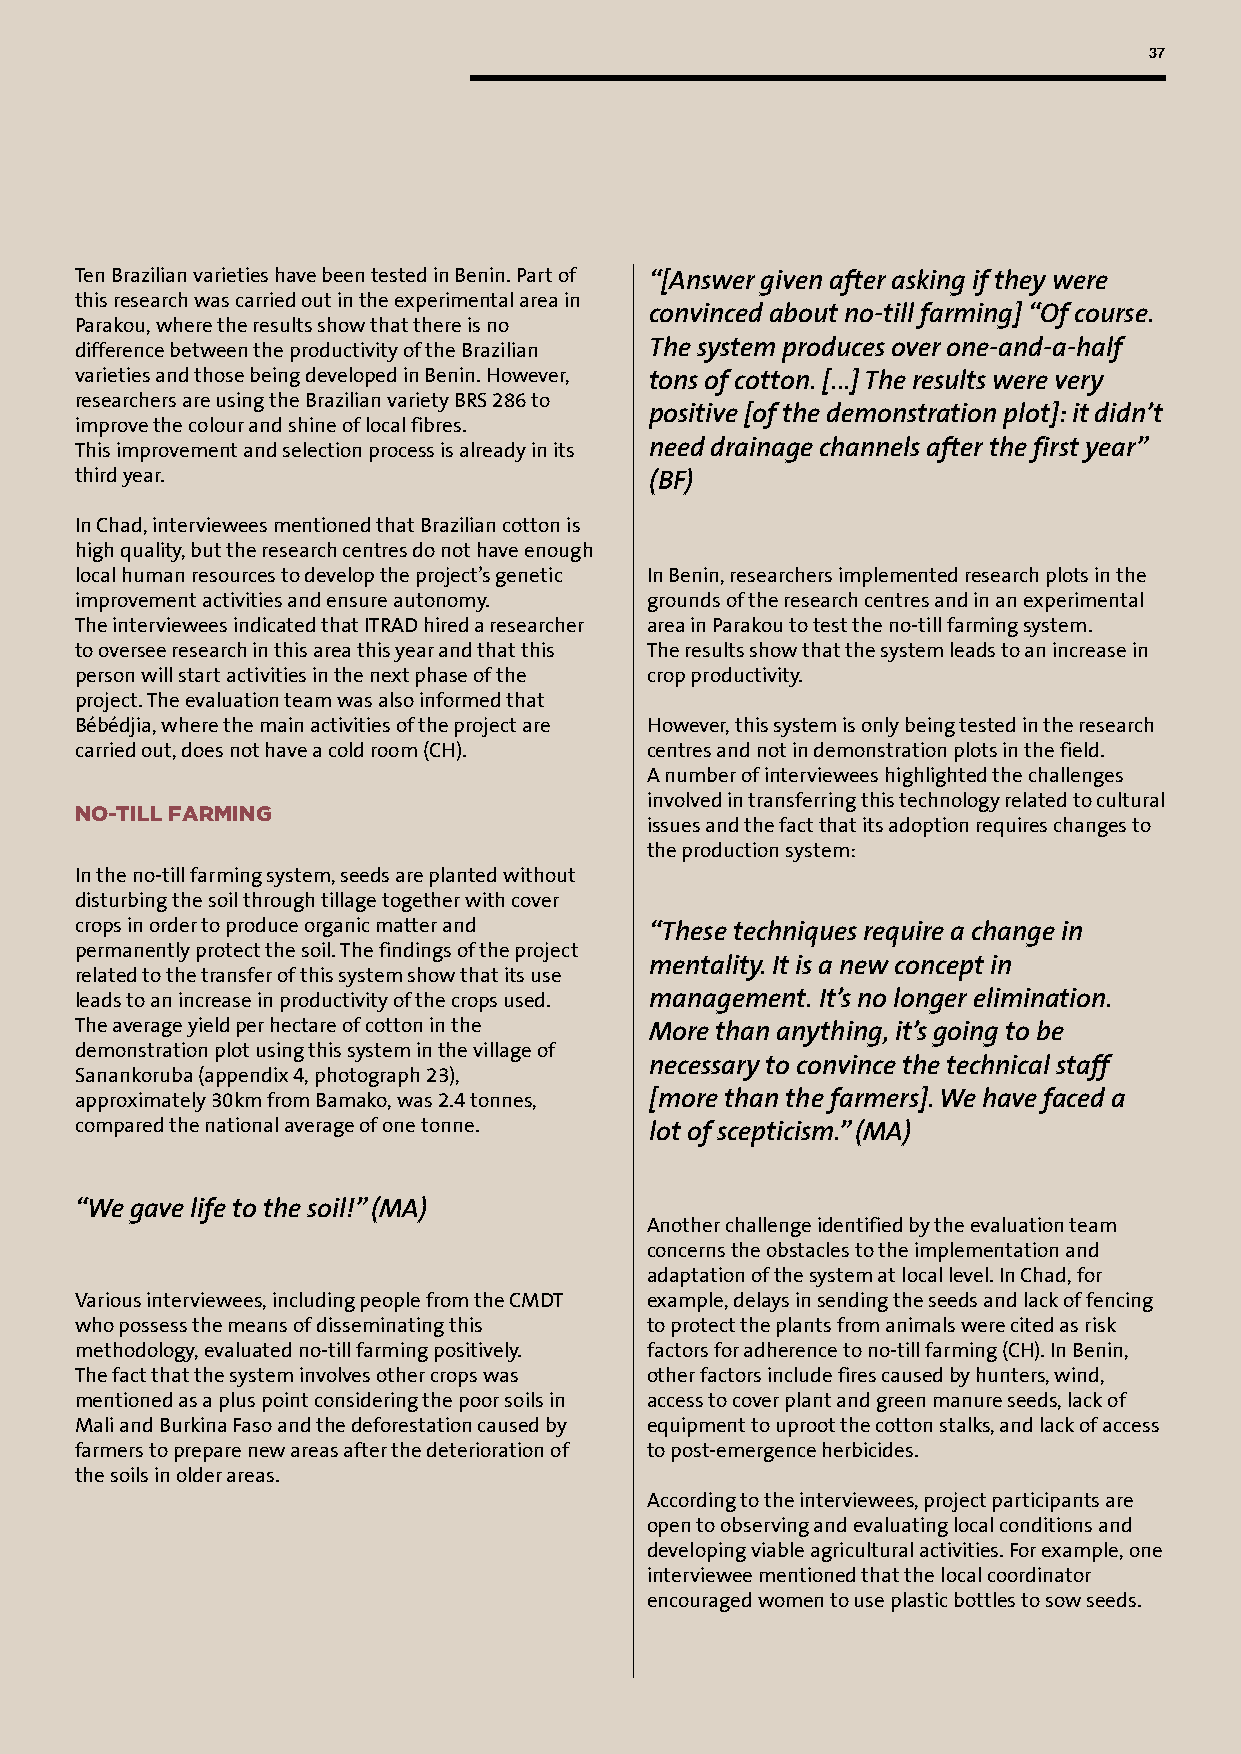
37
 Ten Brazilian varieties have been tested in Benin. Part of “[Answer given after asking if they were
 this research was carried out in the experimental area in
 convinced about no-till farming] “Of course.
 Parakou, where the results show that there is no
 difference between the productivity of the Brazilian The system produces over one-and-a-half
 varieties and those being developed in Benin. However, tons of cotton. [...] The results were very
 researchers are using the Brazilian variety BRS 286 to
 positive [of the demonstration plot]: it didn’t
 improve the colour and shine of local fibres.
 This improvement and selection process is already in its need drainage channels after the first year”
 third year.                           (BF)
 In Chad, interviewees mentioned that Brazilian cotton is
 high quality, but the research centres do not have enough
 local human resources to develop the project’s genetic In Benin, researchers implemented research plots in the
 improvement activities and ensure autonomy. grounds of the research centres and in an experimental
 The interviewees indicated that ITRAD hired a researcher area in Parakou to test the no-till farming system.
 to oversee research in this area this year and that this The results show that the system leads to an increase in
 person will start activities in the next phase of the crop productivity.
 project. The evaluation team was also informed that
 Bébédjia, where the main activities of the project are However, this system is only being tested in the research
 carried out, does not have a cold room (CH). centres and not in demonstration plots in the field.
 A number of interviewees highlighted the challenges
 involved in transferring this technology related to cultural
 NO-TILL FARMING
 issues and the fact that its adoption requires changes to
 the production system:
 In the no-till farming system, seeds are planted without
 disturbing the soil through tillage together with cover
 crops in order to produce organic matter and “These techniques require a change in
 permanently protect the soil. The findings of the project
 mentality. It is a new concept in
 related to the transfer of this system show that its use
 leads to an increase in productivity of the crops used. management. It’s no longer elimination.
 The average yield per hectare of cotton in the More than anything, it’s going to be
 demonstration plot using this system in the village of
 necessary to convince the technical staff
 Sanankoruba (appendix 4, photograph 23),
 approximately 30km from Bamako, was 2.4 tonnes, [more than the farmers]. We have faced a
 compared the national average of one tonne. lot of scepticism.” (MA)
 “We gave life to the soil!” (MA)
 Another challenge identified by the evaluation team
 concerns the obstacles to the implementation and
 adaptation of the system at local level. In Chad, for
 Various interviewees, including people from the CMDT example, delays in sending the seeds and lack of fencing
 who possess the means of disseminating this to protect the plants from animals were cited as risk
 methodology, evaluated no-till farming positively. factors for adherence to no-till farming (CH). In Benin,
 The fact that the system involves other crops was other factors include fires caused by hunters, wind,
 mentioned as a plus point considering the poor soils in access to cover plant and green manure seeds, lack of
 Mali and Burkina Faso and the deforestation caused by equipment to uproot the cotton stalks, and lack of access
 farmers to prepare new areas after the deterioration of to post-emergence herbicides.
 the soils in older areas.
 According to the interviewees, project participants are
 open to observing and evaluating local conditions and
 developing viable agricultural activities. For example, one
 interviewee mentioned that the local coordinator
 encouraged women to use plastic bottles to sow seeds.